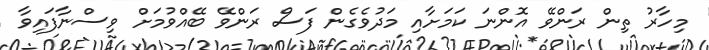
މިހާރު ތިން ރަންވޭ އޮންނަ ކަމަށާއި މަދުވެގެން ފަސް ރަންވޭ ބޭއްވުމަށް ވިސްނާފައިވާ